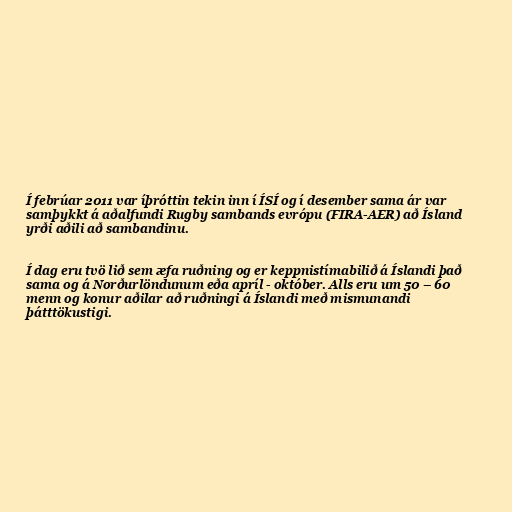
Í febrúar 2011 var íþróttin tekin inn í ÍSÍ og í desember sama ár var
samþykkt á aðalfundi Rugby sambands evrópu (FIRA-AER) að Ísland
yrði aðili að sambandinu.

Í dag eru tvö lið sem æfa ruðning og er keppnistímabilið á Íslandi það
sama og á Norðurlöndunum eða apríl - október. Alls eru um 50 – 60
menn og konur aðilar að ruðningi á Íslandi með mismunandi
þátttökustigi.